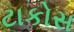
ટાકોસ